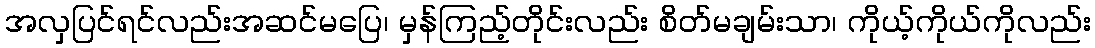
အလှပြင်ရင်လည်းအဆင်မပြေ၊ မှန်ကြည့်တိုင်းလည်း စိတ်မချမ်းသာ၊ ကိုယ့်ကိုယ်ကိုလည်း